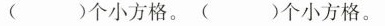
( )个小方格。( )个小方格。